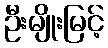
ဦးမျိုးမြင့်